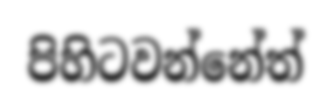
පිහිටවන්නේත්